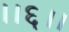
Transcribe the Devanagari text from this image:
।।६।।